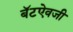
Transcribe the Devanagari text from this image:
बॅटऐवजी